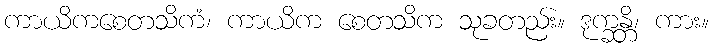
ကာယိကစေတသိကံ၊ ကာယိက စေတသိက သုခတည်း။ ဒုက္ခန္တိ၊ ကား။